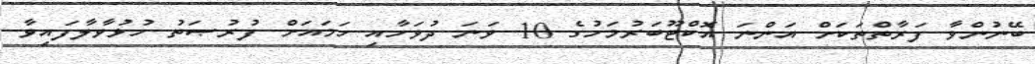
ބޭނުންވާ ފަރާތްތަކަށް އަންނަ އޮކްޓޫބަރުމަހުގެ 10 ވަނަ ދުވަހާއި ހަމައަށް ފުރުޞަތު ހުޅުވާލާފައިވާ